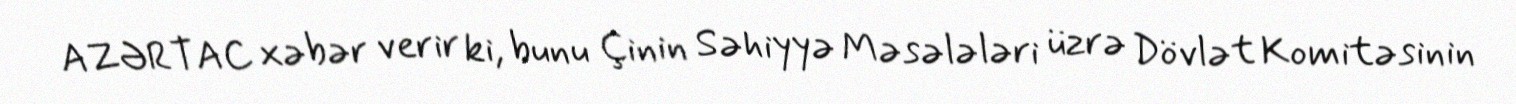
AZƏRTAC xəbər verir ki, bunu Çinin Səhiyyə Məsələləri üzrə Dövlət Komitəsinin